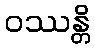
ဝဿန္တိ